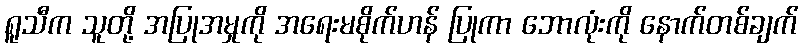
ရူသီက သူတို့ အပြုအမှုကို အရေးမစိုက်ဟန် ပြုကာ ဘောလုံးကို နောက်တစ်ချက်